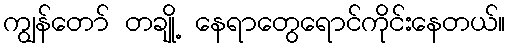
ကျွန်တော် တချို့ နေရာတွေရောင်ကိုင်းနေတယ်။